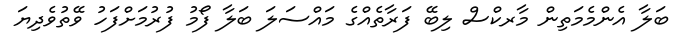
ބަލާ އެންމެމަތިން މާރކްސް ލިބޭ ފަރާތެއްގެ މައްސަލަ ބަލާ ފޯމު ފުރުމަށްފަހު ވޭތުވެދިޔަ